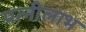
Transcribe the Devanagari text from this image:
पत्नीलाभ